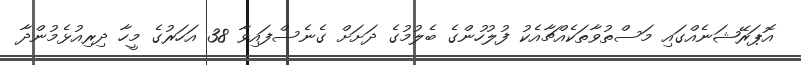
އޮޕަރޭޝަނެއްގައި މަސްތުވާތަކެއްޗާއެކު ފުލުހުންގެ ބެލުމުގެ ދަށަށް ގެނެސްފައިވާ 38 އަހަރުގެ މީހާ ދިރިއުޅެމުންދާ